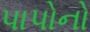
પાપોનો